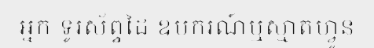
អ្នក ទូរស័ព្ទដៃ ឧបករណ៍ឬស្មាតហ្វូន